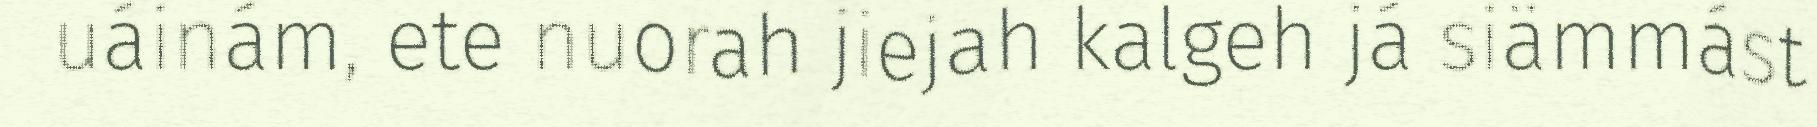
uáinám, ete nuorah jiejah kalgeh já siämmást